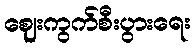
ဈေးကွက်စီးပွားရေး